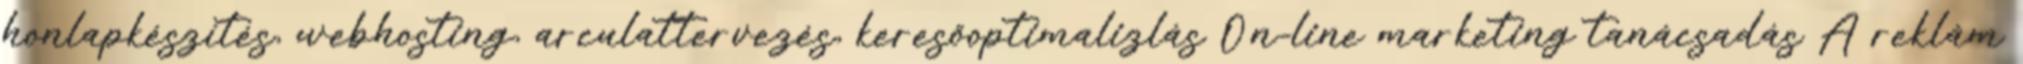
honlapkészítés, webhosting, arculattervezés, keresőoptimalizlás On-line marketing tanácsadás A reklám